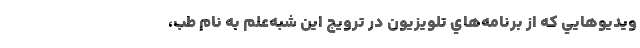
ويديوهايي كه از برنامه‌هاي تلويزيون در ترويج اين شبه‌علم به نام طب،